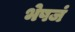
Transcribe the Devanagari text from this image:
भेषजं